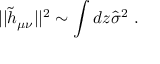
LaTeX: | | { \widetilde h } _ { \mu \nu } | | ^ { 2 } \sim \int d z { \widehat \sigma } ^ { 2 } ~ .